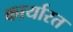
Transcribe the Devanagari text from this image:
कार्यारत